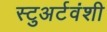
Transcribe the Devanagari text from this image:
स्टुअर्टवंशी